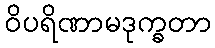
ဝိပရိဏာမဒုက္ခတာ